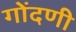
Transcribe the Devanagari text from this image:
गोंदणी